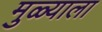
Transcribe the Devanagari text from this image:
मुळ्याला